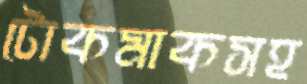
টোকমাকসহ